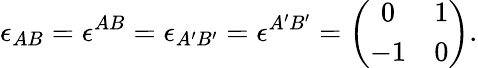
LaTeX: \epsilon_{AB}=\epsilon^{AB}=\epsilon_{A^{\prime}B^{\prime}}=\epsilon^{A^{\prime}B^{\prime}}=\left(\begin{array}{cc}{{0}}&{{1}}\\ {{-1}}&{{0}}\end{array}\right).